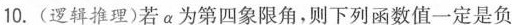
10.(逻辑推理)若α为第四象限角，则下列函数值一定是负